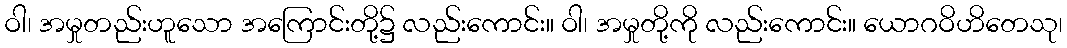
ဝါ၊ အမှုတည်းဟူသော အကြောင်းတို့၌ လည်းကောင်း။ ဝါ၊ အမှုတို့ကို လည်းကောင်း။ ယောဂဝိဟိတေသု၊